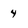
Character: 4